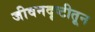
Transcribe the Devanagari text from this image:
जीवनदृष्टीतून